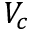
V _ { c }